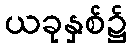
ယခုနှစ်၌